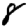
Digit: 8